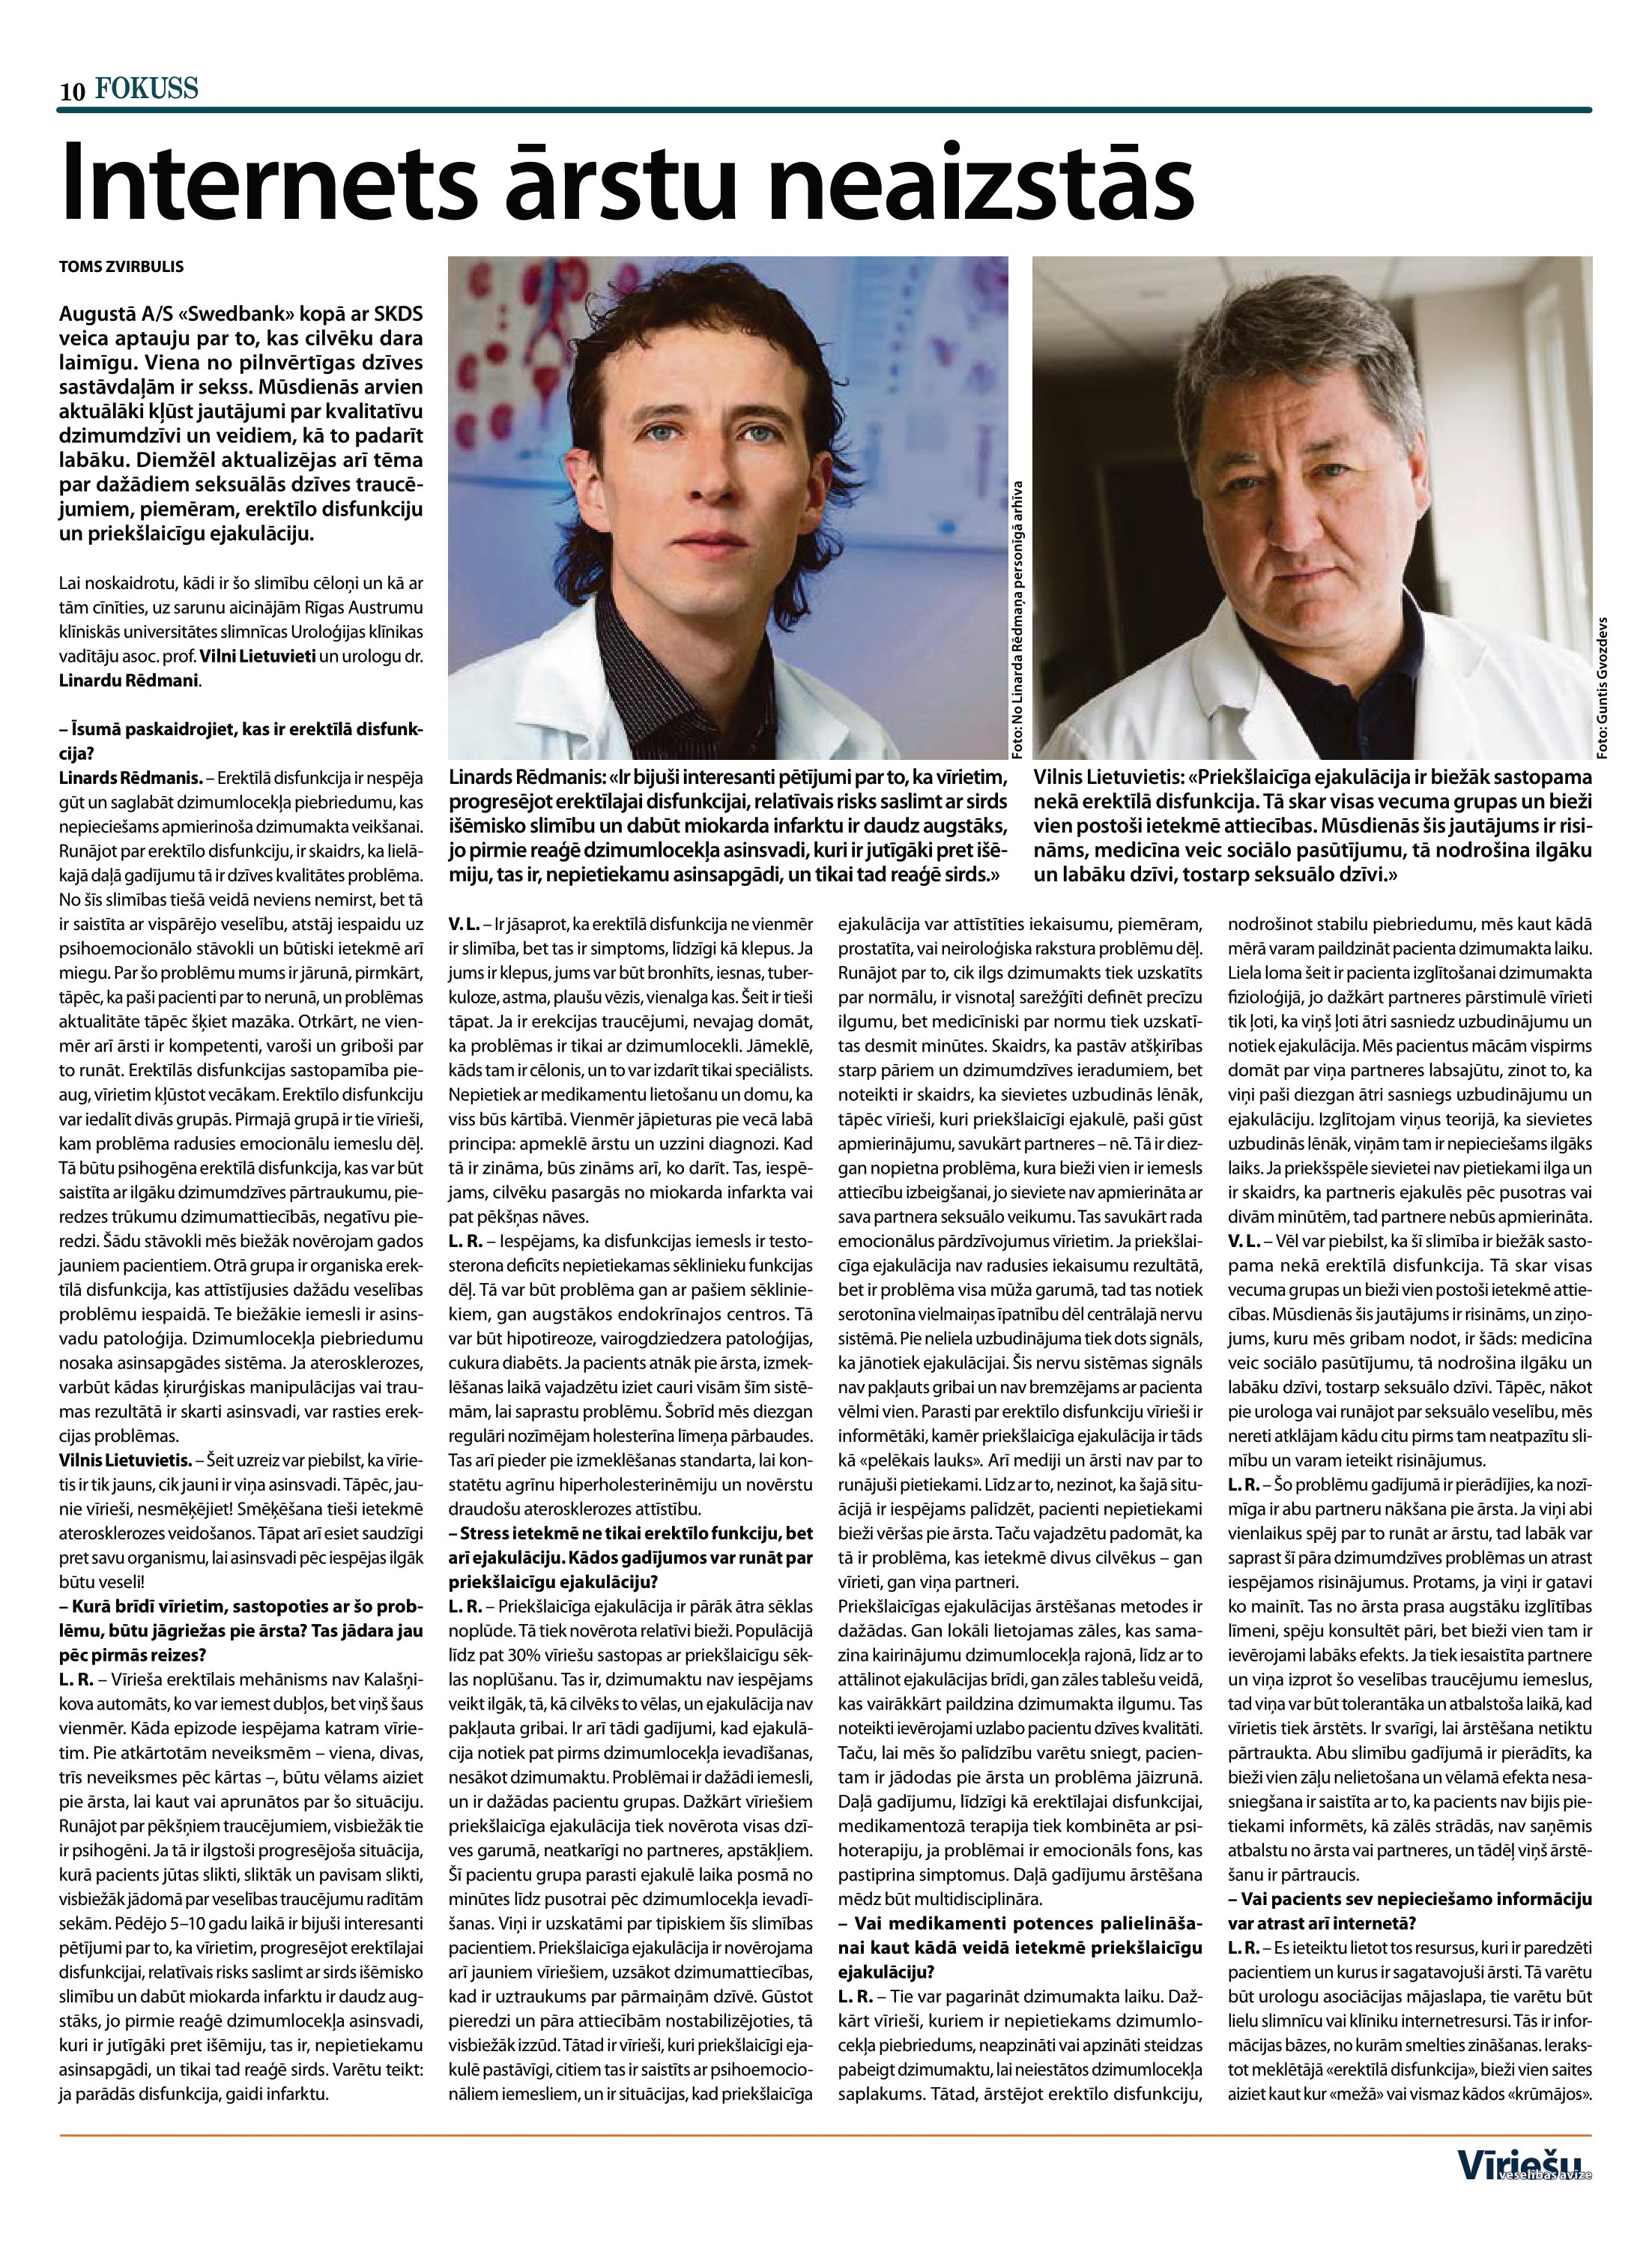
Language: lv